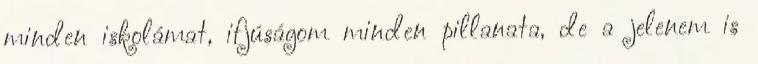
minden iskolámat, ifjúságom minden pillanata, de a jelenem is